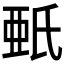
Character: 𣱌